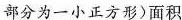
部分为一小正方形)面积